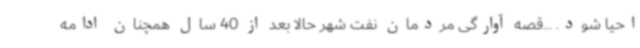
احیا شود. ...قصه آوارگی مردمان نفت شهر حالا بعد از 40 سال همچنان ادامه